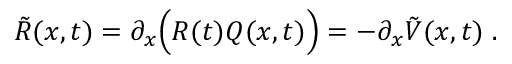
\tilde { R } ( x , t ) = \partial _ { x } \Big ( R ( t ) Q ( x , t ) \Big ) = - \partial _ { x } \tilde { V } ( x , t ) \; .